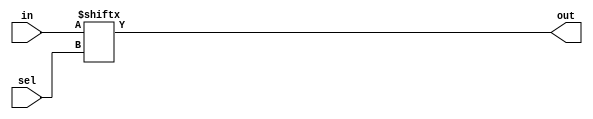
`timescale 1ns / 1ps
//////////////////////////////////////////////////////////////////////////////////
// Company: 
// Engineer: 
// 
// Design Name: 
// Module Name: Mux256to1
// Project Name: 
// Target Devices: 
// Tool Versions: 
// Description: 
// 
// Dependencies: 
// 
// Revision:
// Revision 0.01 - File Created
// Additional Comments:
// 
//////////////////////////////////////////////////////////////////////////////////


module Mux256to1(
    input [255:0] in,
    input [7:0] sel,
    output out
    );
	
	assign out = in[sel];
endmodule